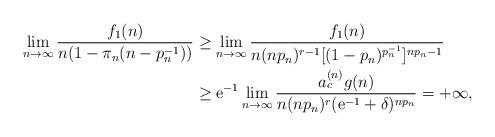
LaTeX: \begin{align*}\lim_{n\to\infty}\frac{f_1(n)}{n(1-\pi_n(n-p_n^{-1}))}&\geq\lim_{n\to\infty}\frac{f_1(n)}{n(n p_n)^{r-1}[(1-p_n)^{p_n^{-1}}]^{n p_n-1}}\\&\geq\mathrm{e}^{-1}\lim_{n\to\infty}\frac{a_c^{(n)}g(n)}{n (n p_n)^{r}(\mathrm{e}^{-1}+\delta)^{n p_n}}=+\infty,\end{align*}